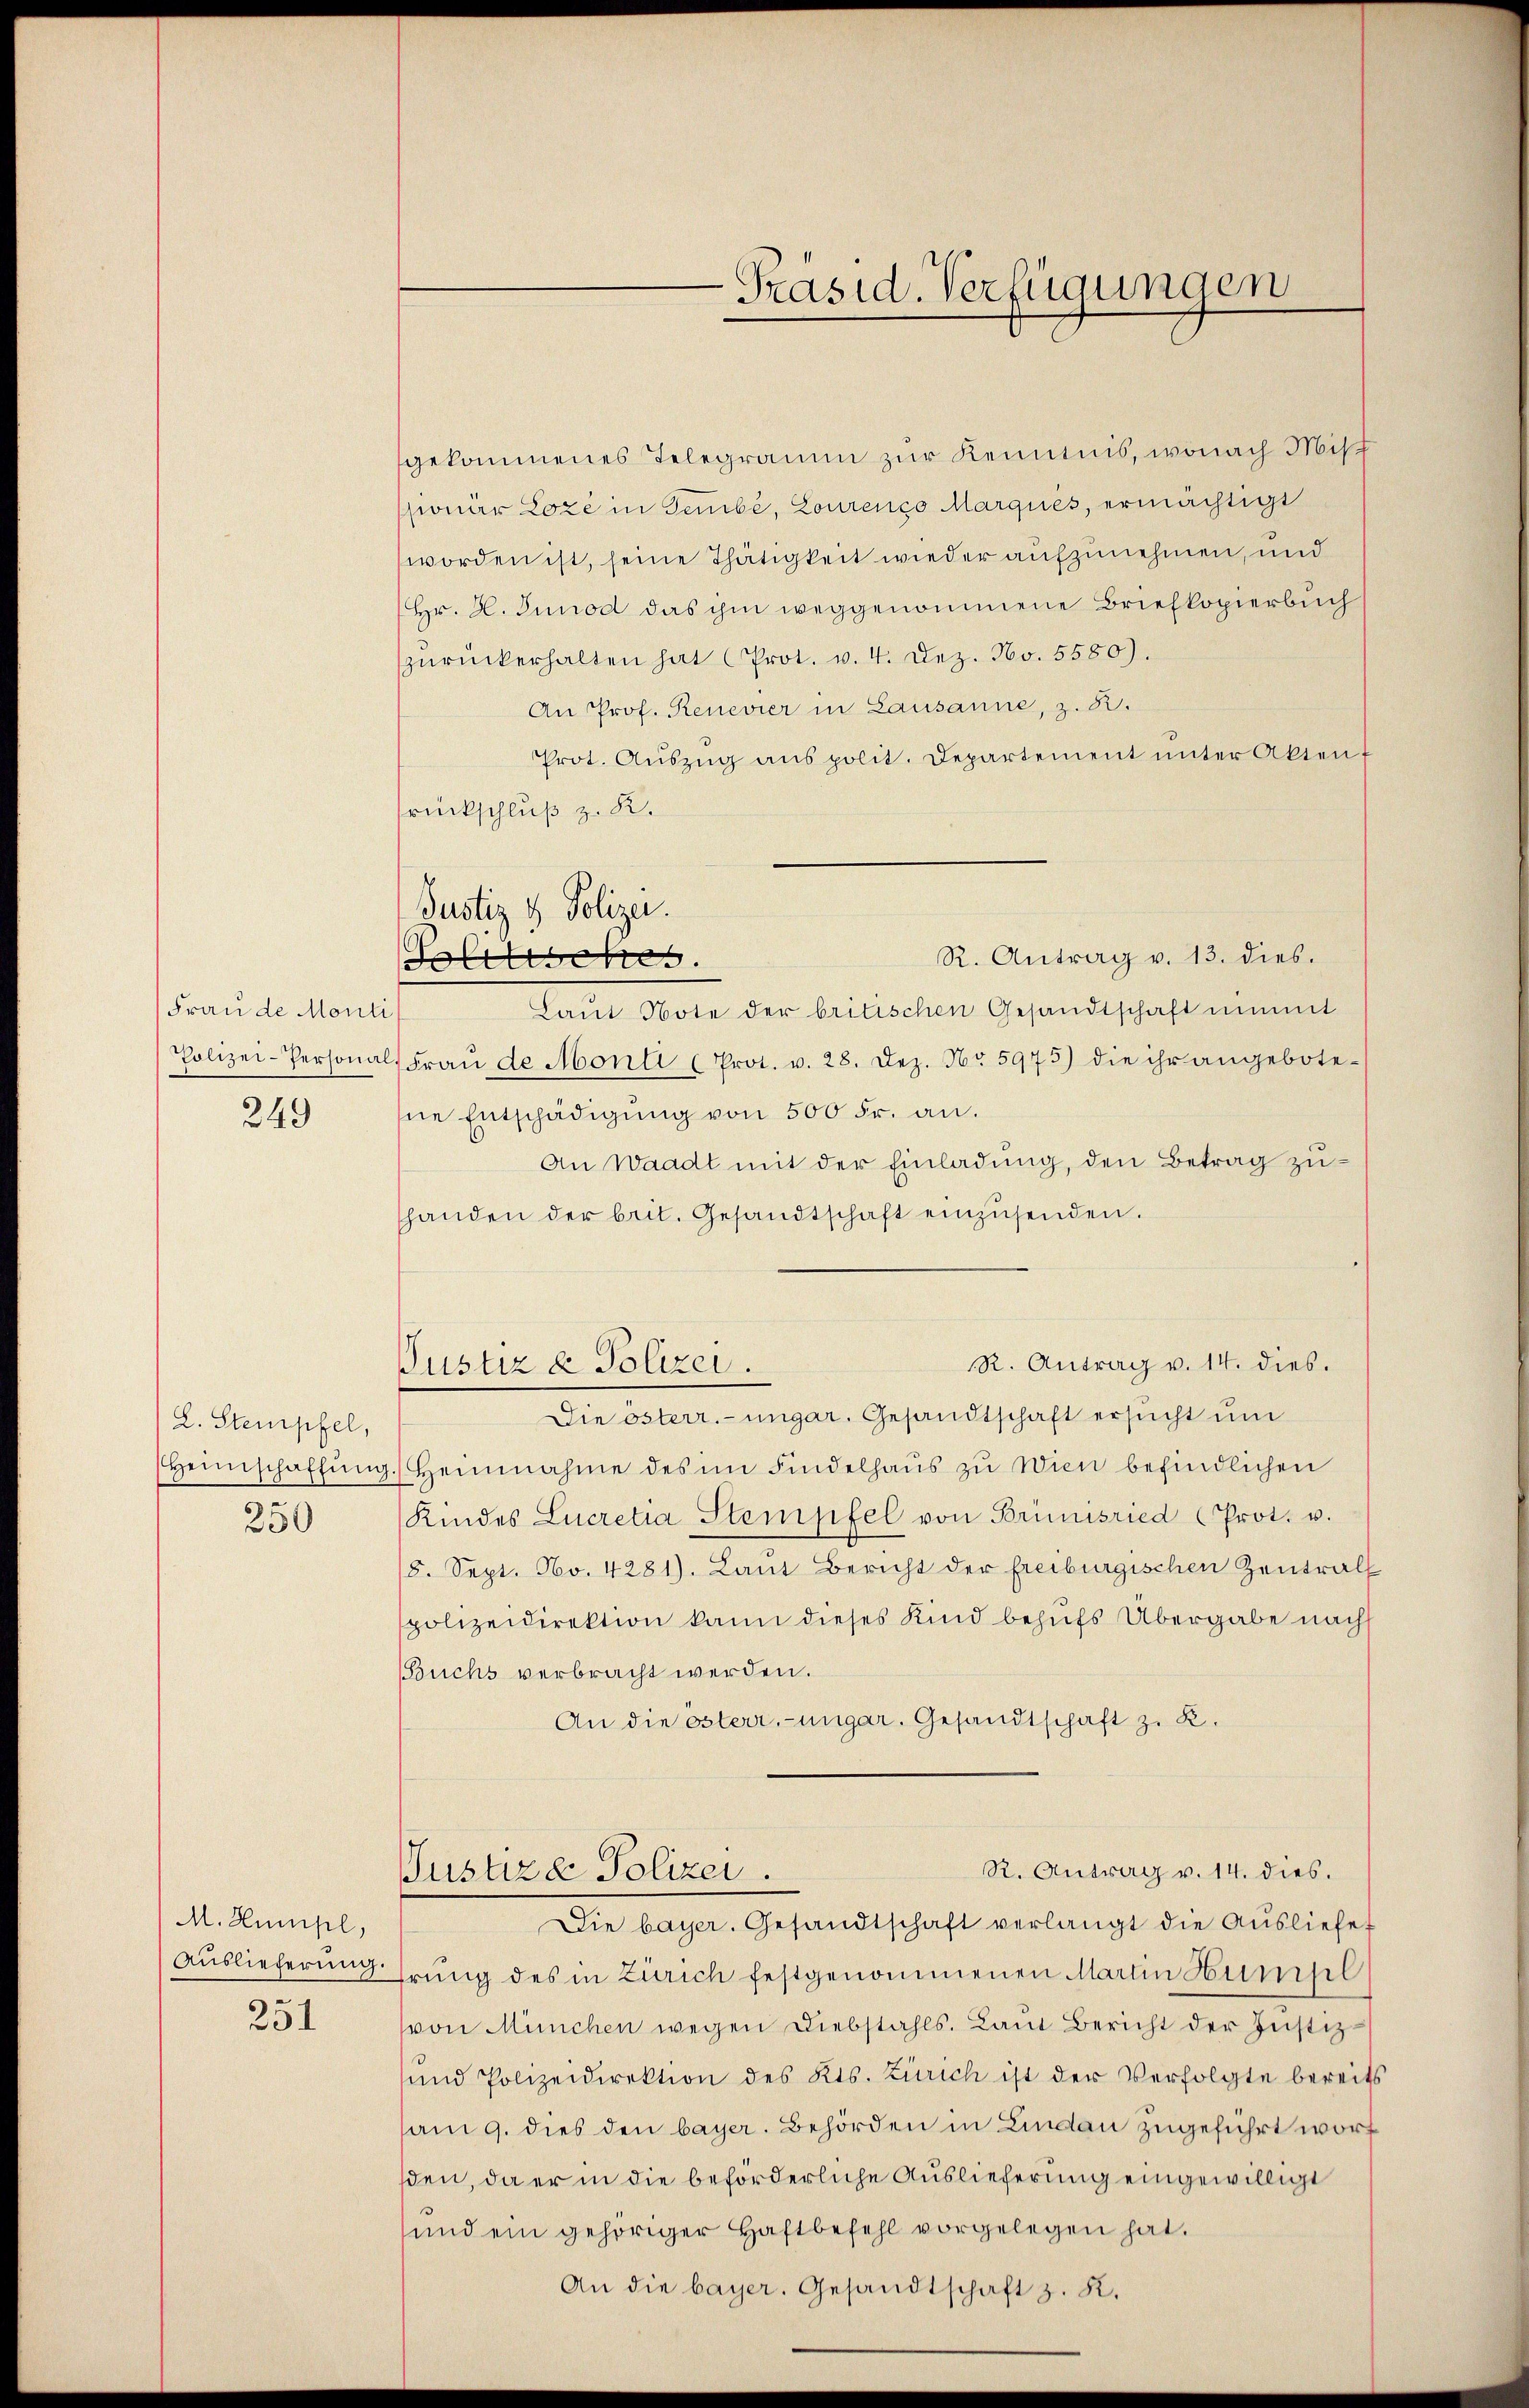
Frau de Monti
Polizei-Personal
249

L. Stempfel,
250

M. Humpl,
Auslieferung.

251

Justiz & Polizei.
R. Antrag v. 13. dies
Politisches.

gekommenes Telegramm zur Kenntnis, wonach Misch
sionar Loze in Tembé, Lourenco Marques, ermächtigt
worden ist, seine Thätigkeit wieder aufzunehmen, und
Hr. H. Junod das ihm weggenommene Briefkopierbuch
zŭrückerhalten hat Prot. v. 4. Dez. No. 5580).
An Prof. Renevier in Lausanne, z. B.
Prot. Aŭszŭg anspolit. Departement ŭnter Akten f
rückschluß z. R.
Laŭt Note der britischen Gesandtschaft nimmt
Fraŭ de Monti (Prot. v. 28. Dez. Nr. 5975) die ihr angebote-
hne Entschädigung von 500 Fr. an.
An Waadt mit der Einladung, den Betrag zushanden der brit. Gesandtschaft einzŭsenden.
R. Antrag v. 14. dies.
Justiz & Polizei.
Die österr.-ungar. Gesandtschaft ersucht und
Heimschaffŭng. Heinnahme des im Findelhaŭs zŭ Wien befindlichen
Kindes Lucretia Stempfel von Brünisried (Prot. v.
(8. Sept. No. 4281). Laut Bericht der freiburgischen Zentral
polizeidirektion kann dieses Kind behufs Übergabe nach
Buchs verbracht werden.
An die österr.-ungar. Gesandtschaft z. R.
R. Antrag v. 14. dies.
Justiz & Polizei.
Die bayer. Gesandtschaft verlangt die Ausliefes
hrung des in Zürich festgenommenen Martin Huml
(von München wegen Diebstahls. Laut Bericht der Justiz
uund Polizeidirektion des Kts. Zürich ist der Verfolgte bereits
sam 9. dies den bayer. Behörden in Lindau zugeführt wort
sden, da er in die beförderliche Auslieferung eingewilligt
und ein gehöriger Haftbefehl vorgelegen hat.

Präsid. Verfügungen